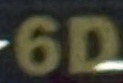
6D